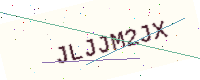
Text: JLJJM2JX